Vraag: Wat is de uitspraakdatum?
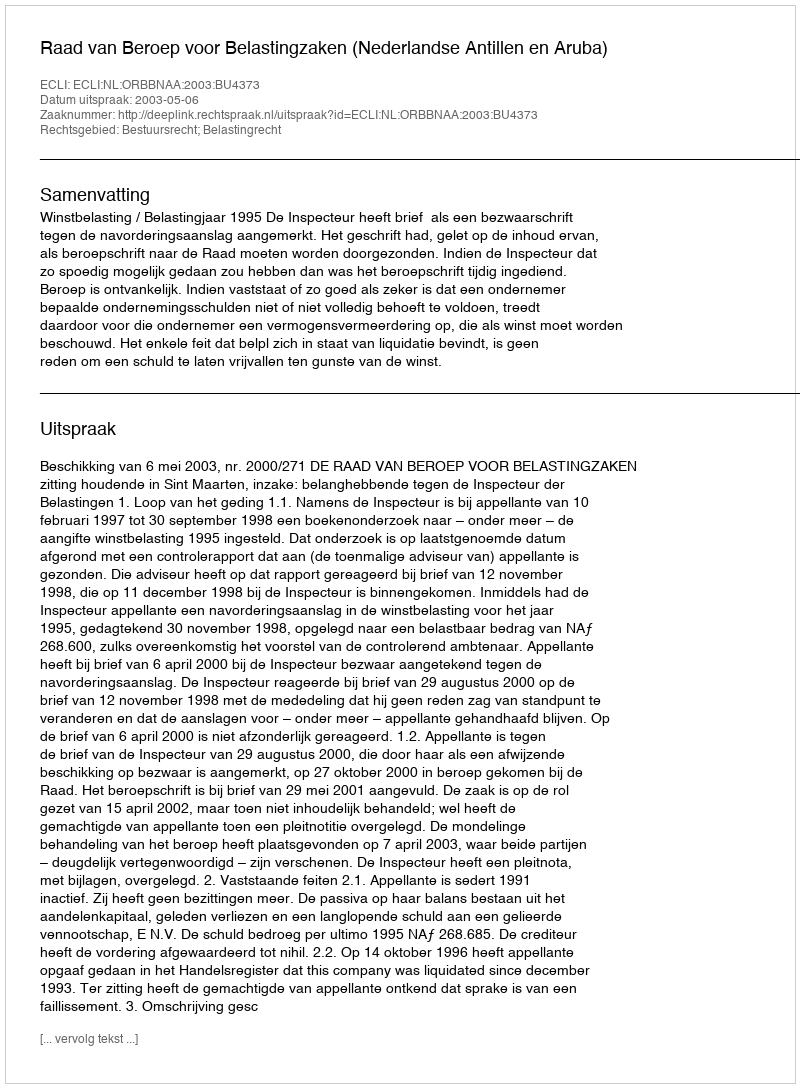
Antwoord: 2003-05-06